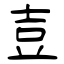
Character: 壴